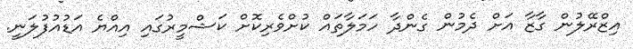
އިޒްރޭލުން ގާޒާ އަށް ދެމުން ގެންދާ ހަމަލާތައް ކުށްވެރިކޮށް ކަޝްމީރުގައި އިއްޔެ އަޑުއުފުލަނީ.